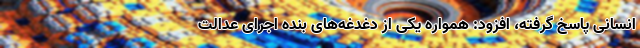
انسانی پاسخ گرفته، افزود: همواره یکی از دغدغه‌های بنده اجرای عدالت